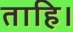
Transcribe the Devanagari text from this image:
ताहि।